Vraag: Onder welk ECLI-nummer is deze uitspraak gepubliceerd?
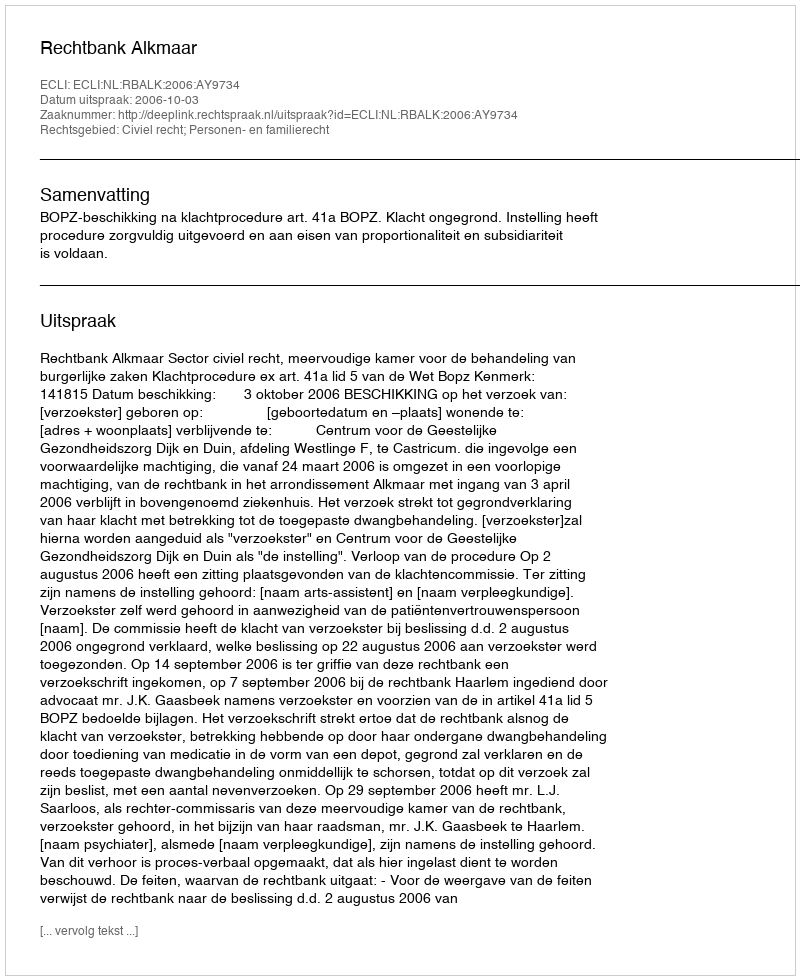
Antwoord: ECLI:NL:RBALK:2006:AY9734